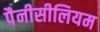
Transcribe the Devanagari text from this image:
पैनीसीलियम